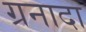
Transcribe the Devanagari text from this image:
ग्रनादा